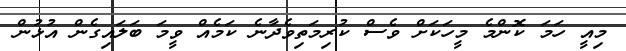
މިއީ ހަމަ ކޮންމެ މީހަކަށް ވެސް ކުރިމަތިވެދާނެ ކަމެއް ވީމަ ބަލައިގެން އުޅުން